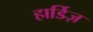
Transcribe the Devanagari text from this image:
हार्डिज़